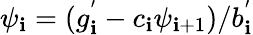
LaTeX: \psi_{\mathbf{i}}=(g_{\mathbf{i}}^{'}-c_{\mathbf{i}}\psi_{\mathbf{i}+1})/b_{\mathbf{i}}^{'}